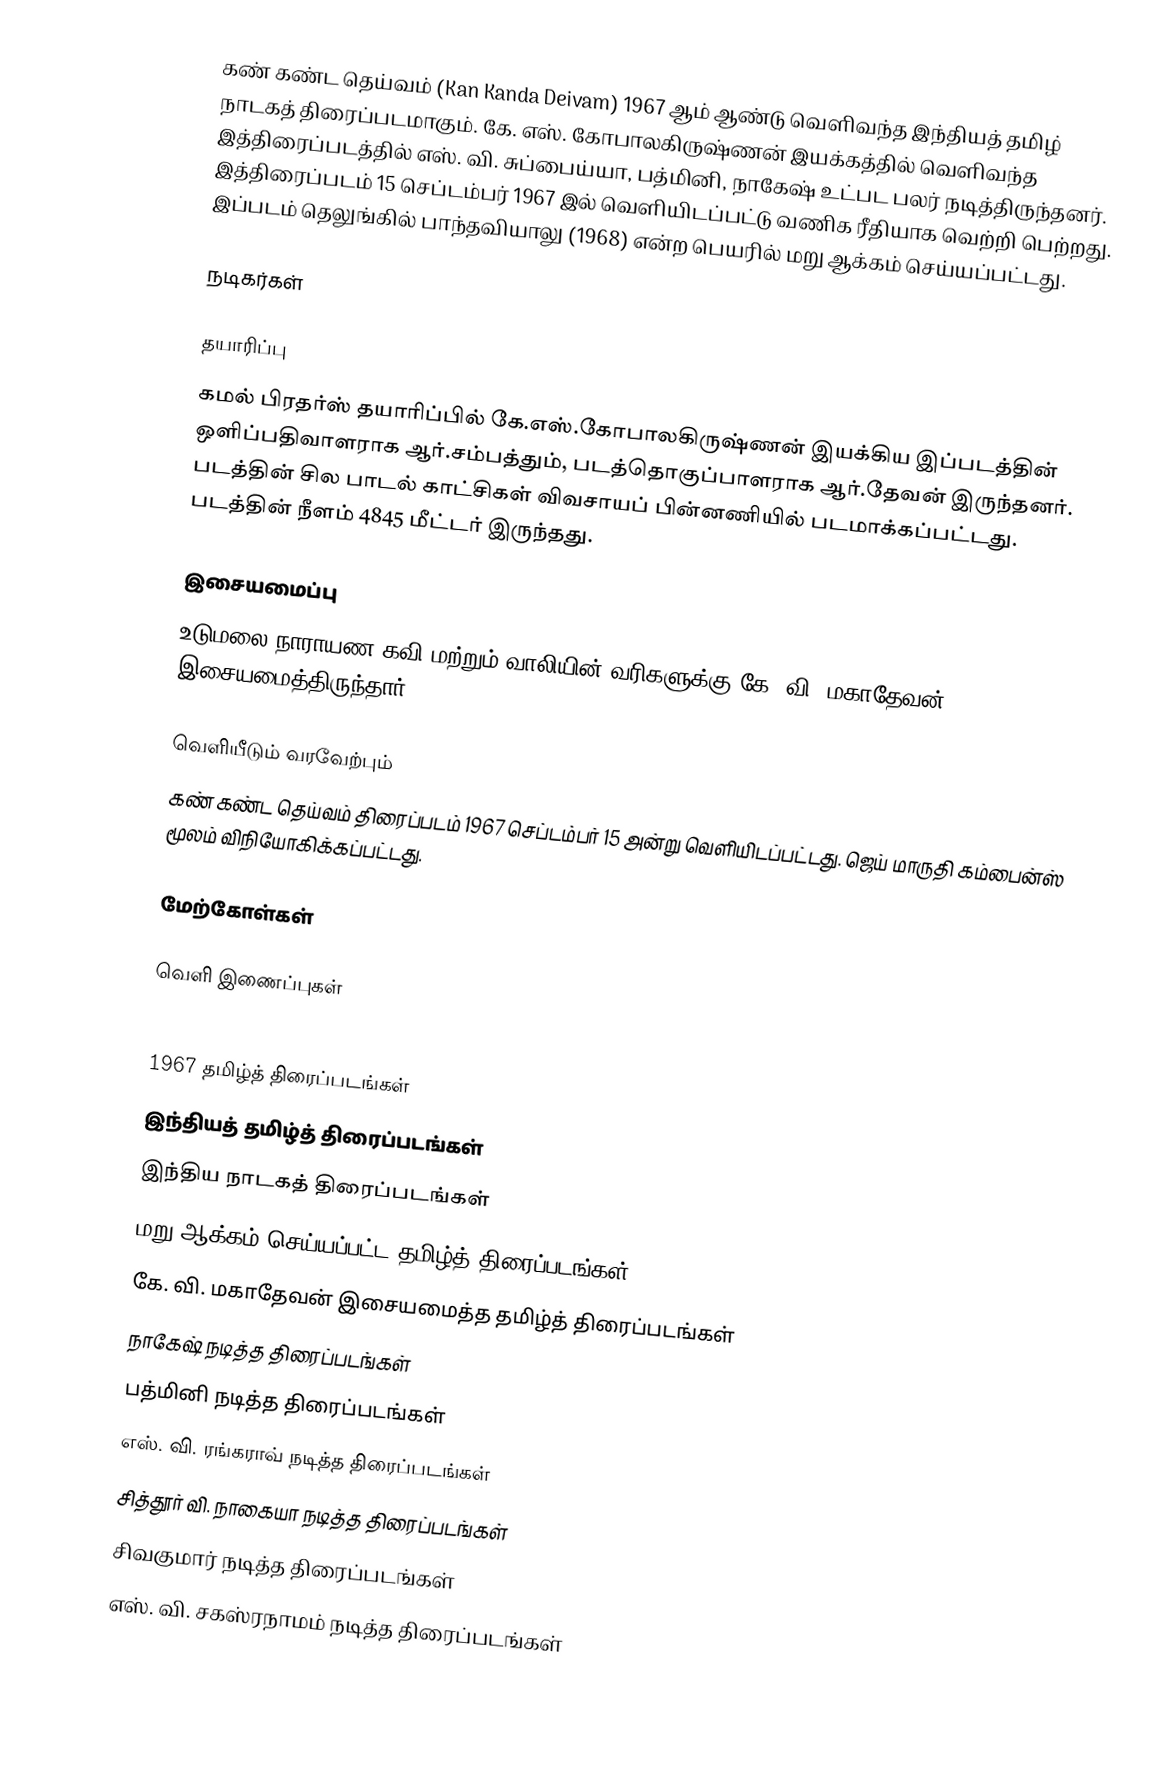
கண் கண்ட தெய்வம் (Kan Kanda Deivam) 1967 ஆம் ஆண்டு வெளிவந்த இந்தியத் தமிழ் நாடகத் திரைப்படமாகும். கே. எஸ். கோபாலகிருஷ்ணன் இயக்கத்தில் வெளிவந்த இத்திரைப்படத்தில் எஸ். வி. சுப்பைய்யா, பத்மினி, நாகேஷ் உட்பட பலர் நடித்திருந்தனர். இத்திரைப்படம் 15 செப்டம்பர் 1967 இல் வெளியிடப்பட்டு வணிக ரீதியாக வெற்றி பெற்றது. இப்படம் தெலுங்கில் பாந்தவியாலு (1968) என்ற பெயரில் மறு ஆக்கம் செய்யப்பட்டது.

நடிகர்கள்

தயாரிப்பு
கமல் பிரதர்ஸ் தயாரிப்பில் கே.எஸ்.கோபாலகிருஷ்ணன் இயக்கிய இப்படத்தின் ஒளிப்பதிவாளராக ஆர்.சம்பத்தும், படத்தொகுப்பாளராக ஆர்.தேவன் இருந்தனர். படத்தின் சில பாடல் காட்சிகள் விவசாயப் பின்னணியில் படமாக்கப்பட்டது. படத்தின் நீளம் 4845 மீட்டர் இருந்தது.

இசையமைப்பு
உடுமலை நாராயண கவி மற்றும் வாலியின் வரிகளுக்கு கே. வி. மகாதேவன் இசையமைத்திருந்தார்.

வெளியீடும் வரவேற்பும்
கண் கண்ட தெய்வம் திரைப்படம் 1967 செப்டம்பர் 15 அன்று வெளியிடப்பட்டது. ஜெய் மாருதி கம்பைன்ஸ் மூலம் விநியோகிக்கப்பட்டது.

மேற்கோள்கள்

வெளி இணைப்புகள்

1967 தமிழ்த் திரைப்படங்கள்
இந்தியத் தமிழ்த் திரைப்படங்கள்
இந்திய நாடகத் திரைப்படங்கள்
மறு ஆக்கம் செய்யப்பட்ட தமிழ்த் திரைப்படங்கள்
கே. வி. மகாதேவன் இசையமைத்த தமிழ்த் திரைப்படங்கள்
நாகேஷ் நடித்த திரைப்படங்கள்
பத்மினி நடித்த திரைப்படங்கள்
எஸ். வி. ரங்கராவ் நடித்த திரைப்படங்கள்
சித்தூர் வி. நாகையா நடித்த திரைப்படங்கள்
சிவகுமார் நடித்த திரைப்படங்கள்
எஸ். வி. சகஸ்ரநாமம் நடித்த திரைப்படங்கள்